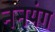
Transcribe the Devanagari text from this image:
ननयंग